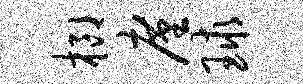
榔廑球